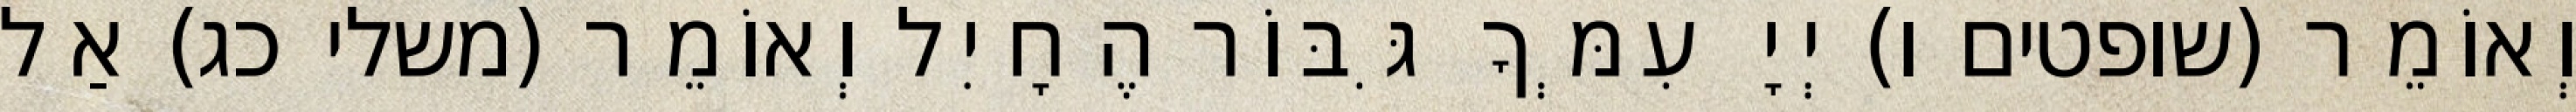
וְאוֹמֵר (שופטים ו) יְיָ עִמְּךָ גִּבּוֹר הֶחָיִל וְאוֹמֵר (משלי כג) אַל